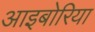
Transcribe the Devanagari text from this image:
आइबोरिया